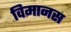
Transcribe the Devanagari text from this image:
विमानस